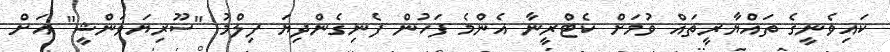
ކައިވެނީގެ ތައްޔާރީތައް ވުމަށް ކެޓްރީނާ އެންމެ ފަހުން ފެނިގެންދިޔަ ފިލްމު "ސޫރިޔަވަންޝީ" އަށް